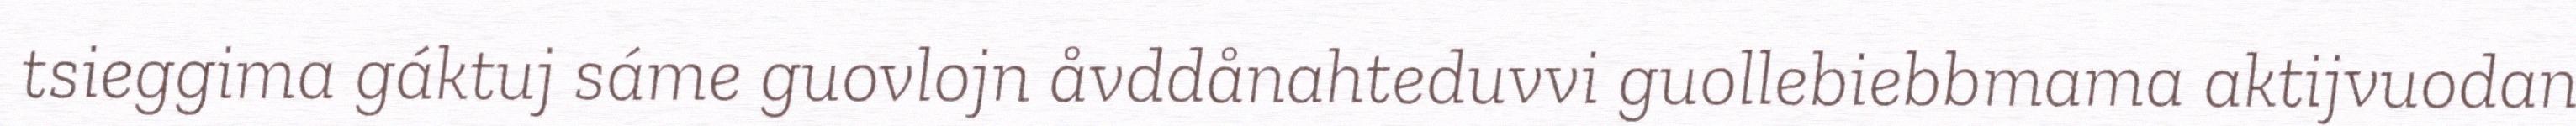
tsieggima gáktuj sáme guovlojn åvddånahteduvvi guollebiebbmama aktijvuodan